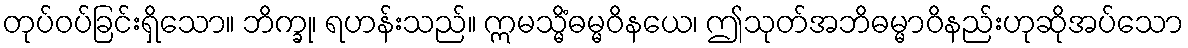
တုပ်ဝပ်ခြင်းရှိသော။ ဘိက္ခု၊ ရဟန်းသည်။ ဣမသ္မိံဓမ္မဝိနယေ၊ ဤသုတ်အဘိဓမ္မာဝိနည်းဟုဆိုအပ်သော